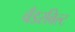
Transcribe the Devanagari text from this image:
वँडरबिल्ट